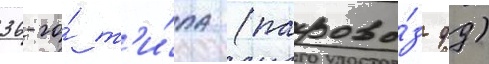
36-го́ т'и́па (парово́з фд)